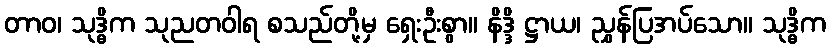
တာဝ၊ သုဒ္ဓိက သုညတဝါရ စသည်တို့မှ ရှေးဦးစွာ။ နိဒ္ဒိ ဋ္ဌာယ၊ ညွှန်ပြအပ်သော။ သုဒ္ဓိက